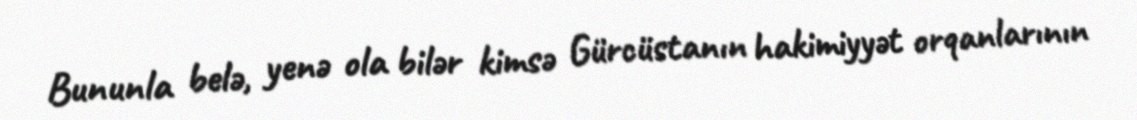
Bununla belə, yenə ola bilər kimsə Gürcüstanın hakimiyyət orqanlarının